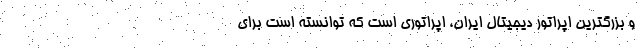
و بزرگترین اپراتور دیجیتال ایران، اپراتوری است که توانسته است برای